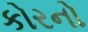
કોરનો